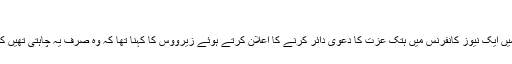
"
منگل کو لاس اینجلس میں ایک نیوز کانفرنس میں ہتک عزت کا دعویٰ دائر کرنے کا اعلان کرتے ہوئے زیرووس کا کہنا تھا کہ وہ صرف یہ چاہتی تھیں کہ ٹرمپ معذرت کریں۔